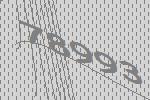
78993